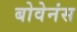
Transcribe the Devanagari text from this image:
बोवेनंस